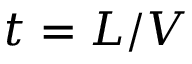
t = L / V